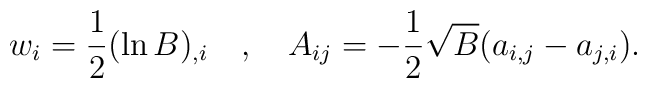
w_i=\frac 12 (\ln B)_{,i}~~~,~~~ A_{ij}= -\frac 12\sqrt{B}(a_{i,j}-a_{j,i}).